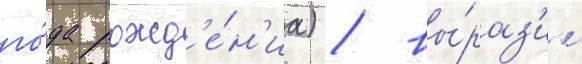
го́да рожд'е́н'иа) / вы́раз'ил